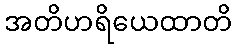
အတိဟရိယေထာတိ